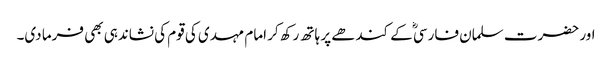
اور حضرت سلمان فارسیؓ کے کندھے پر ہاتھ رکھ کر امام مہدی کی قوم کی نشاندہی بھی فرما دی۔